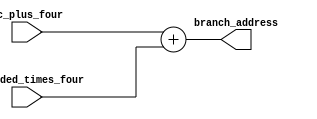
module BranchAdder (
    input wire [31:0] pc_plus_four,
    input wire [31:0] extended_times_four,
    output wire [31:0] branch_address
    );
    assign branch_address = pc_plus_four + extended_times_four;
endmodule